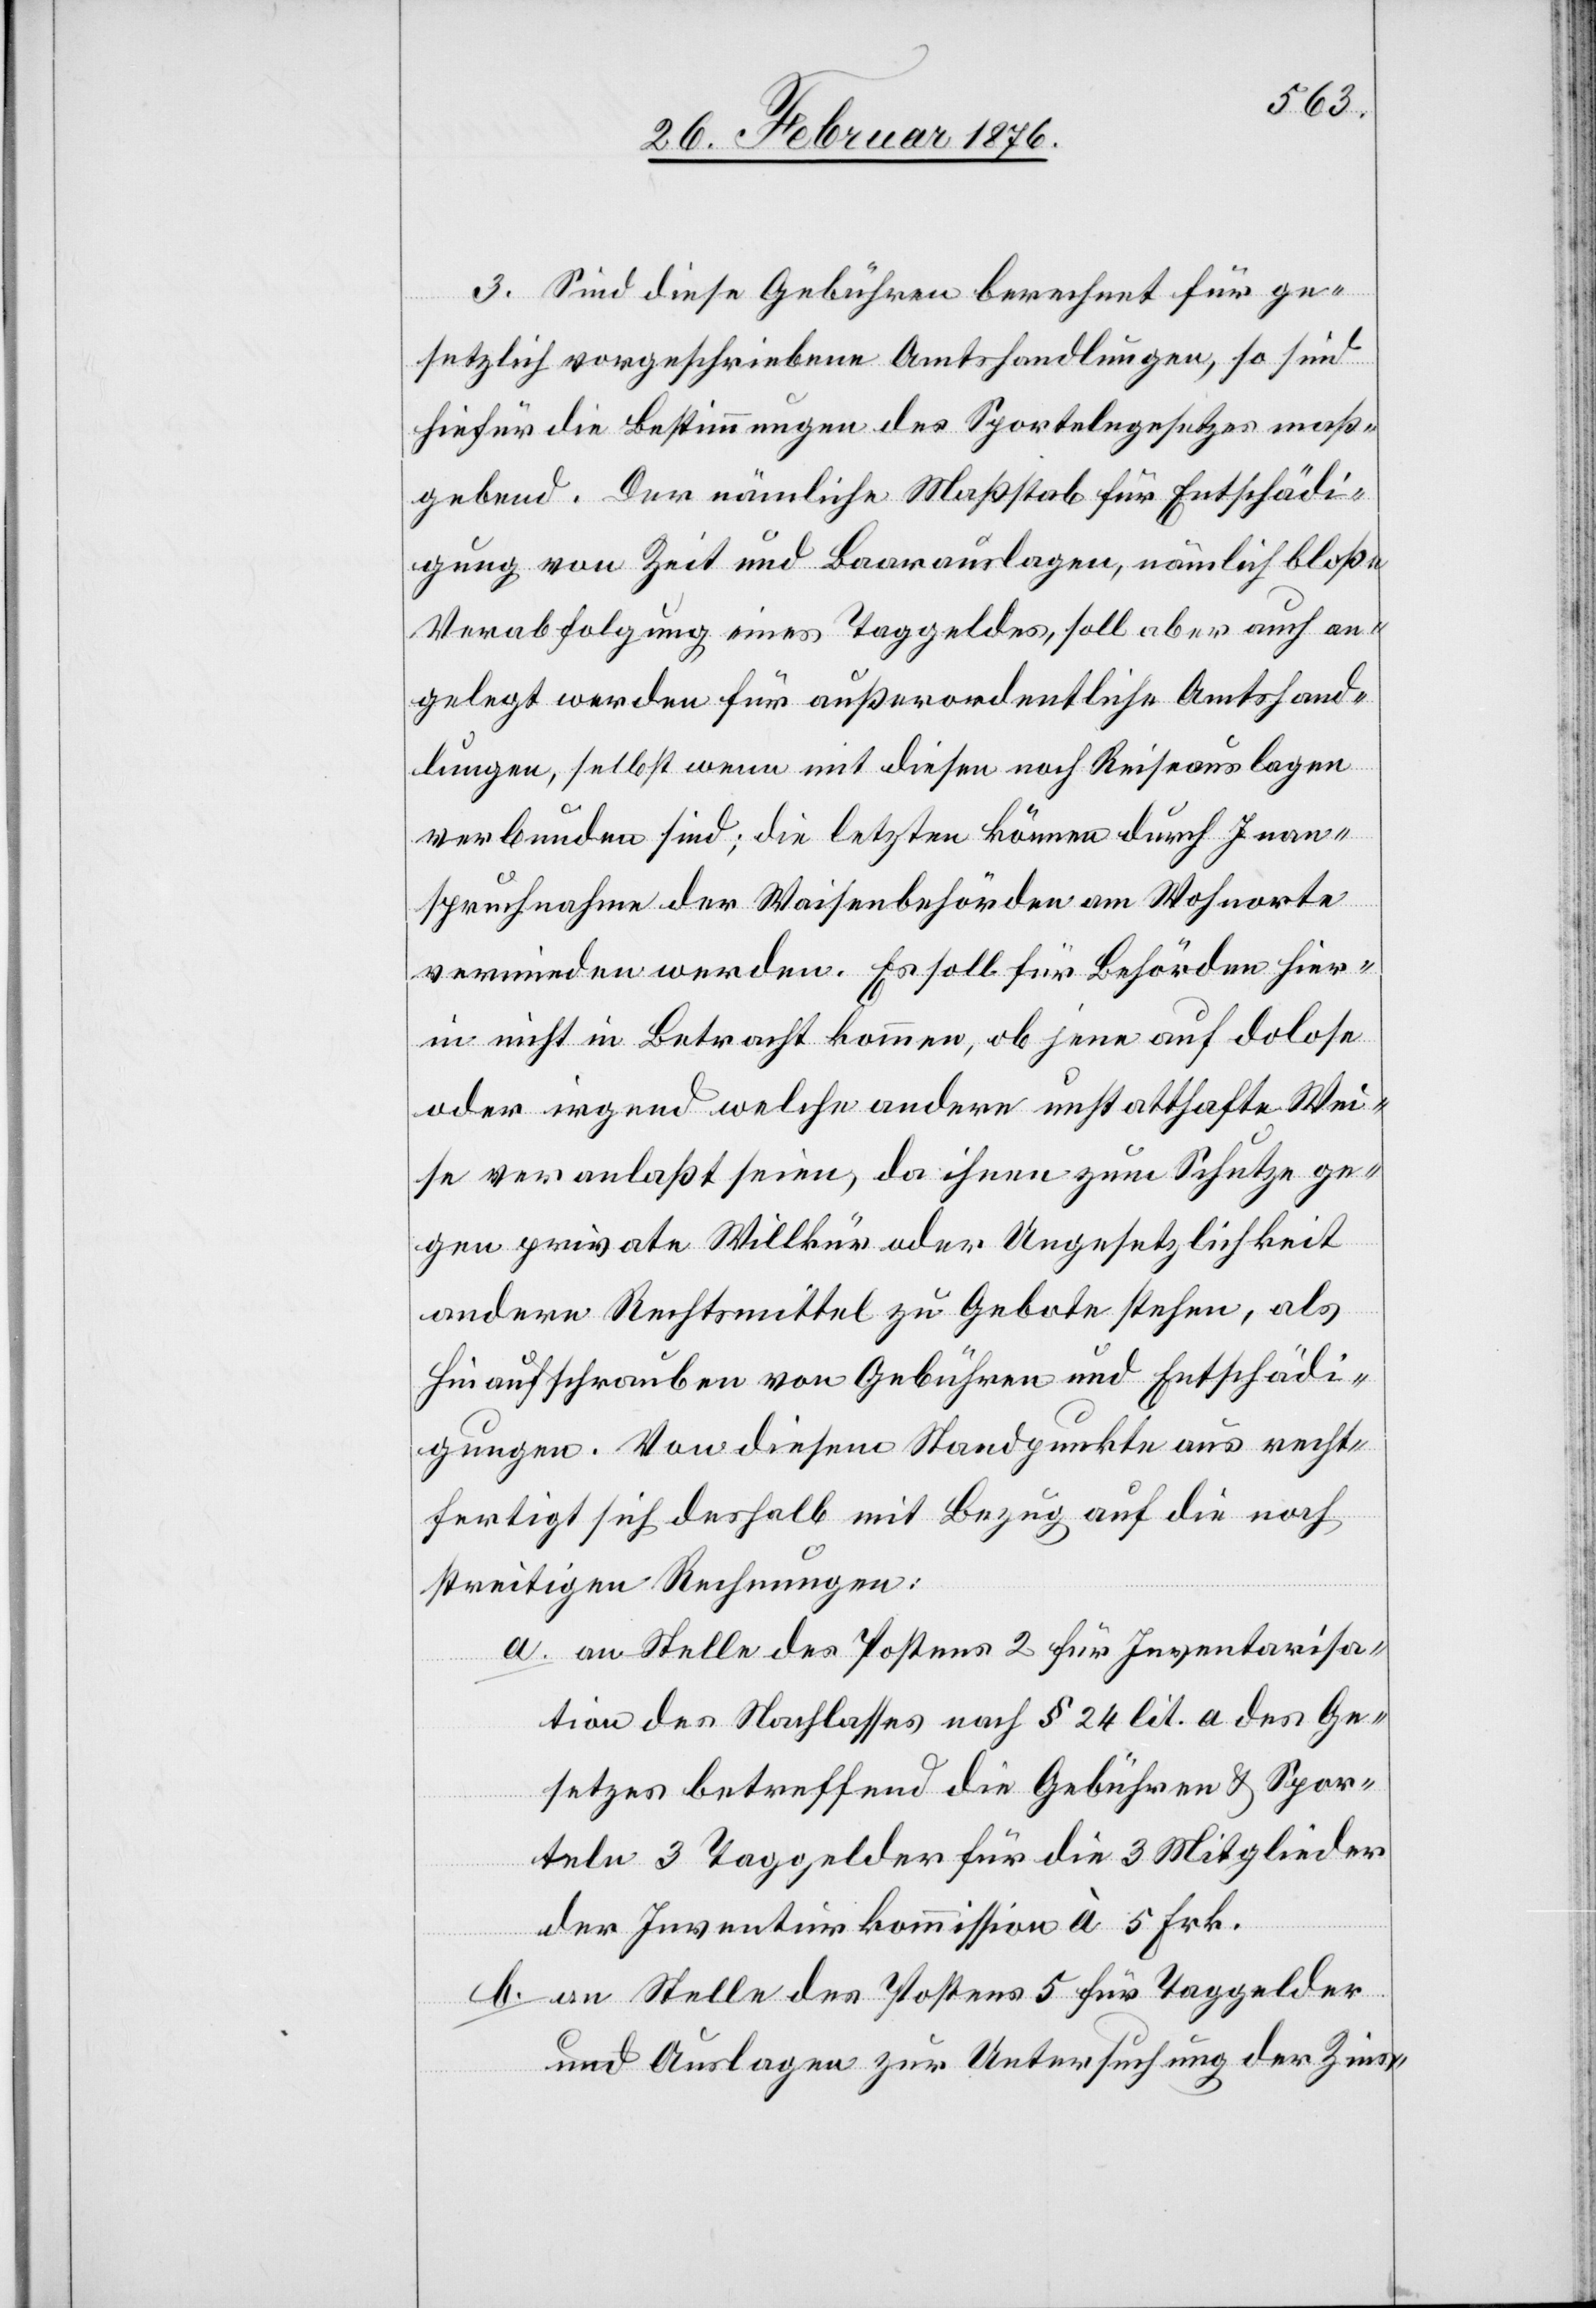
3. Sind diese Gebühren berechnet für ge¬
setzlich vorgeschriebene Amtshandlungen, so sind
hiefür die Bestimmungen des Sportelngesetzes maß¬
gebend. Der nämliche Maßstab für Entschädi¬
gung von Zeit und Baarauslagen, nämlich bloße
Verabfolgung eines Taggeldes, soll aber auch an¬
gelegt werden für außerordentliche Amtshand¬
lungen, selbst wenn mit diesen noch Reiseauslagen
verbunden sind; die letzten können durch Inan¬
spruchnahme der Waisenbehörden am Wohnorte
vermieden werden. Es soll für Behörden hier¬
in nicht in Betracht kommen, ob jene auf dolose
oder irgend welche andere unstatthafte Wei¬
se veranlaßt seien, da ihnen zum Schutz ge¬
gen private Willkür oder Ungesetzlichkeit
andere Rechtsmittel zu Gebote stehen, als
Hinaufschrauben von Gebühren und Entschädi¬
gungen. Von diesem Standpunkte aus recht¬
fertigt sich deshalb mit Bezug auf die noch
streitigen Rechnungen:
a. an Stelle des Postens 2 für Inventarisa¬
tion des Nachlasses nach § 24 lit. a des Ge¬
setzes betreffend die Gebühren & Spor¬
teln 3 Taggelder für die 3 Mitglieder
der Juventurkommission à 5 Frk.
b. an Stelle des Postens 5 für Taggelder
und Auslagen zur Untersuchung der Zins-